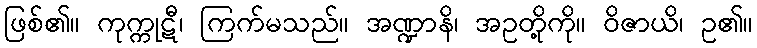
ဖြစ်၏။ ကုက္ကုဋီ၊ ကြက်မသည်။ အဏ္ဍာနိ၊ အဥတို့ကို။ ဝိဇာယိ၊ ဥ၏။